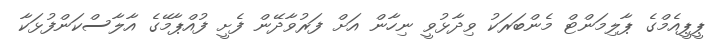
ޕީޕީއެމްގެ ޕާލިމަންޓް މެންބަރަކު ވިދާޅުވީ ނިހާން އަށް ފަރުވާދޭން ފެށީ ފުއްޕާމޭގެ އާލާސްކަންފުޅަކާ